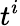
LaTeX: t^{i}